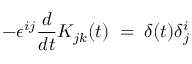
- \epsilon ^ { i j } \frac { d } { d t } K _ { j k } ( t ) \; = \; \delta ( t ) \delta _ { j } ^ { i }